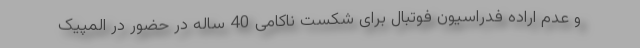
و عدم اراده فدراسیون فوتبال برای شکست ناکامی 40 ساله در حضور در المپیک